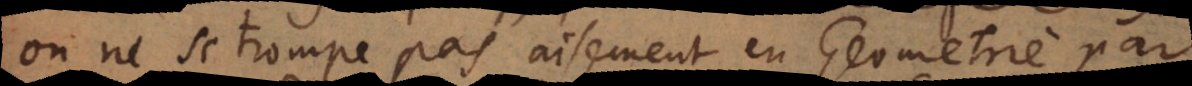
on ne se trompe pas aisement en Geometrie par